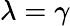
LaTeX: \lambda=\gamma